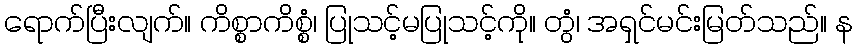
ရောက်ပြီးလျက်။ ကိစ္စာကိစ္စံ၊ ပြုသင့်မပြုသင့်ကို။ တွံ၊ အရှင်မင်းမြတ်သည်။ န